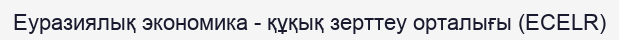
Еуразиялық экономика - құқық зерттеу орталығы (ECELR)